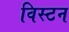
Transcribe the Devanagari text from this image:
विस्टन